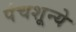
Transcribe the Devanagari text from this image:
पंचशून्ये